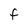
Character: F